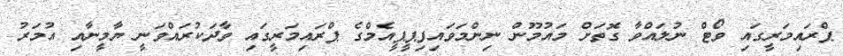
ޕްރައިމަރީގައި ވޯޓް ނުލައްވާ ގޮތަށް މައުމޫން ނިންމަވައިފިޕީޕީއެމްގެ ޕްރައިމަރީގައި ވާދަކުރައްވަނީ ޔާމީނާއި އުމަރު